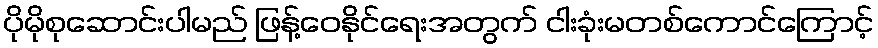
ပိုမိုစုဆောင်းပါမည် ဖြန့်ဝေနိုင်ရေးအတွက် ငါးခုံးမတစ်ကောင်ကြောင့်